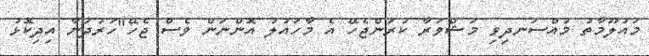
މައުލޫމާތު މުއްސަނދިވި މަޝްވަރާ ކުރަންޖެހޭ އެ މާހައުލު އޮންނަން ވެސް ޖެހޭ"ހަރުދަނާ އިދިކޮޅު